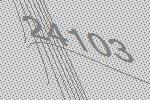
24103